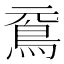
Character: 䲶